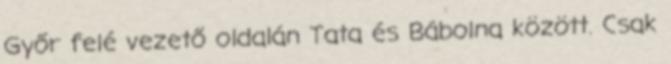
Győr felé vezető oldalán Tata és Bábolna között. Csak